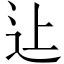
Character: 𨑗